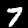
Digit: 7